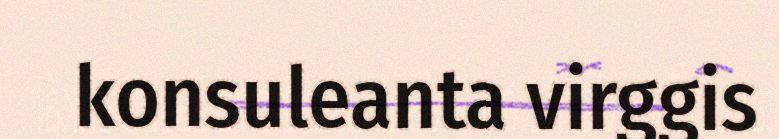
konsuleanta virggis